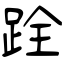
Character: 跧